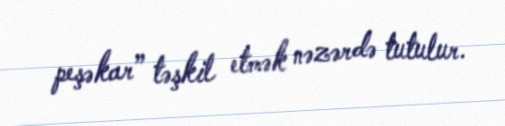
peşəkar” təşkil etmək nəzərdə tutulur.